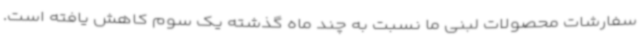
سفارشات محصولات لبنی ما نسبت به چند ماه گذشته یک سوم کاهش یافته است.